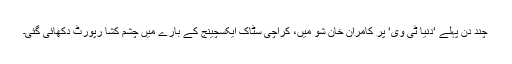
چند دن پہلے ‘دنیا ٹی وی‘ پر کامران خان شو میں، کراچی سٹاک ایکسچینج کے بارے میں چشم کشا رپورٹ دکھائی گئی۔